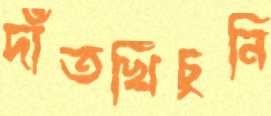
দাঁতখিঁচুনি